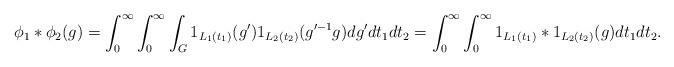
LaTeX: \begin{align*} \phi_1 * \phi_2 (g) = \int_{0}^{\infty} \int_{0}^{\infty} \int_{G}^{} 1_{L_1 (t_1)} (g') 1_{L_2 (t_2)} (g'^{-1} g) dg' dt_1 dt_2 = \int_{0}^{\infty} \int_{0}^{\infty} 1_{L_1 (t_1)} * 1_{L_2 (t_2)} (g) dt_1 dt_2. \end{align*}